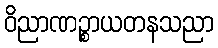
ဝိညာဏဉ္စာယတနသညာ